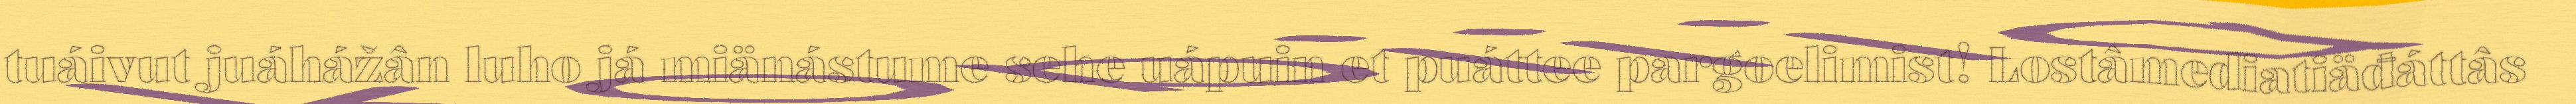
tuáivut juáhážân luho já miänástume sehe uápuin et puáttee pargoelimist! Lostâmediatiäđáttâs